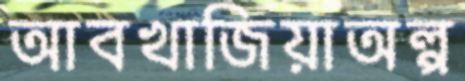
আবখাজিয়াঅল্প